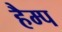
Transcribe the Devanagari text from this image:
हैम्प